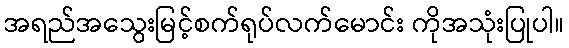
အရည်အသွေးမြင့်စက်ရုပ်လက်မောင်း ကိုအသုံးပြုပါ။